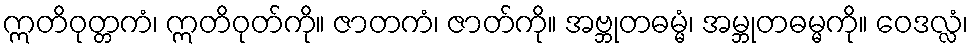
ဣတိဝုတ္တကံ၊ ဣတိဝုတ်ကို။ ဇာတကံ၊ ဇာတ်ကို။ အဗ္ဘုတဓမ္မံ၊ အမ္ဘုတဓမ္မကို။ ဝေဒလ္လံ၊